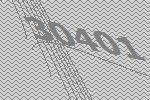
30401